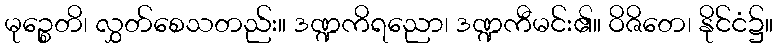
မုဉ္စေတိ၊ လွှတ်စေသတည်း။ ဒဏ္ဍကိရညော၊ ဒဏ္ဍကီမင်း၏။ ဝိဇိတေ၊ နိုင်ငံ၌။